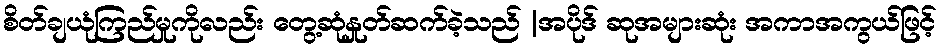
စိတ်ချယုံကြည်မှုကိုလည်း တွေ့ဆုံနှုတ်ဆက်ခဲ့သည် |အပိုဒ် ဆုအများဆုံး အကာအကွယ်ဖြင့်